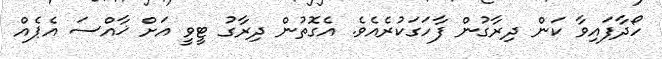
ހޯދާފައިވާ ކަން ދިރާގުން ފާހަގަކުރެއެވެ. އެގޮތުން ދިރާގު ޓީވީ އަށް ޚާއްސަ އެޕެއް